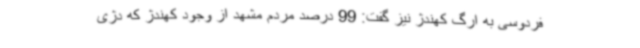
فردوسی به ارگ کهندژ نیز گفت: 99 درصد مردم مشهد از وجود کهندژ که دژی